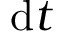
\mathrm { d } t